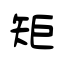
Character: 矩